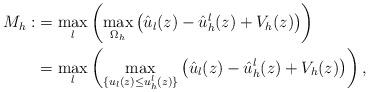
LaTeX: \begin{align*}M_h:&=\max_l\left(\max_{\Omega_h}\left(\hat{u}_l(z)-\hat{u}_h^l(z)+V_h(z)\right)\right)\\&=\max_l\left(\max_{\{{u}_l(z)\leq u_h^l(z)\}}\left(\hat{u}_l(z)-\hat{u}_h^l(z)+V_h(z)\right)\right),\end{align*}